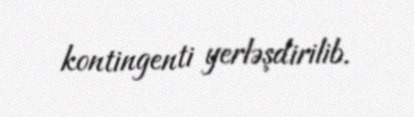
kontingenti yerləşdirilib.